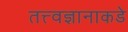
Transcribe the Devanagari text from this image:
तत्त्वज्ञानाकडे